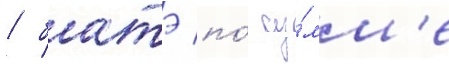
/ батэ по́ су́мм'е